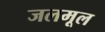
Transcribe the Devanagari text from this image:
जलमूल